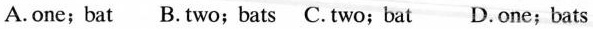
A.one;bat B.two;bats C. two;bat D.one;bats